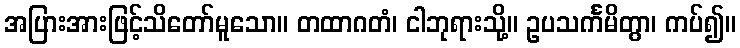
အပြားအားဖြင့်သိတော်မူသော။ တထာဂတံ၊ ငါဘုရားသို့။ ဥပသင်္ကမိတွာ၊ ကပ်၍။